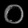
Digit: ၀